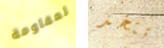
لمقاومة تتخذ